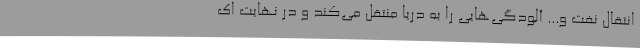
انتقال نفت و... آلودگی‌هایی را به دریا منتقل می‌کند و در نهایت اک